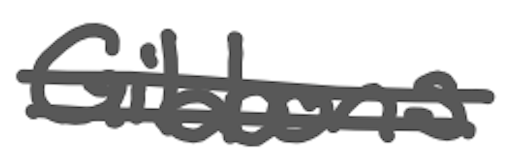
Text: Gibbons
Cross-out: mix
Writing tool: digital_gray